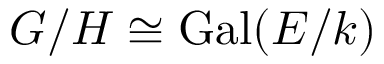
G / H \cong \operatorname { G a l } ( E / k )